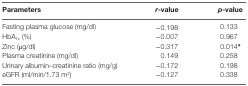
<table><thead><tr><td><b>Parameters</b></td><td><b><i>r</i>-value</b></td><td><b><i>p</i>-value</b></td></tr></thead><tbody><tr><td>Fasting plasma glucose (mg/dl)</td><td>−0.198</td><td>0.133</td></tr><tr><td>HbA<sub>1c</sub> (%)</td><td>−0.007</td><td>0.967</td></tr><tr><td>Zinc (μg/dl)</td><td>−0.317</td><td>0.014<b>*</b></td></tr><tr><td>Plasma creatinine (mg/dl)</td><td>0.149</td><td>0.258</td></tr><tr><td>Urinary albumin–creatinine ratio (mg/g)</td><td>−0.172</td><td>0.198</td></tr><tr><td>eGFR (ml/min/1.73 m<sup>2</sup>)</td><td>−0.127</td><td>0.338</td></tr></tbody></table>